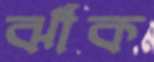
ঝাঁক